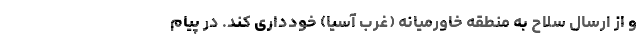
و از ارسال سلاح به منطقه خاورمیانه (غرب آسیا) خودداری کند. در پیام